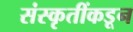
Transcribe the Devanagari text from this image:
संस्कृतींकडून